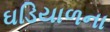
ઘડિયાળના